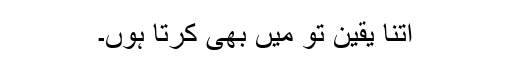
اتنا یقین تو میں بھی کرتا ہوں۔